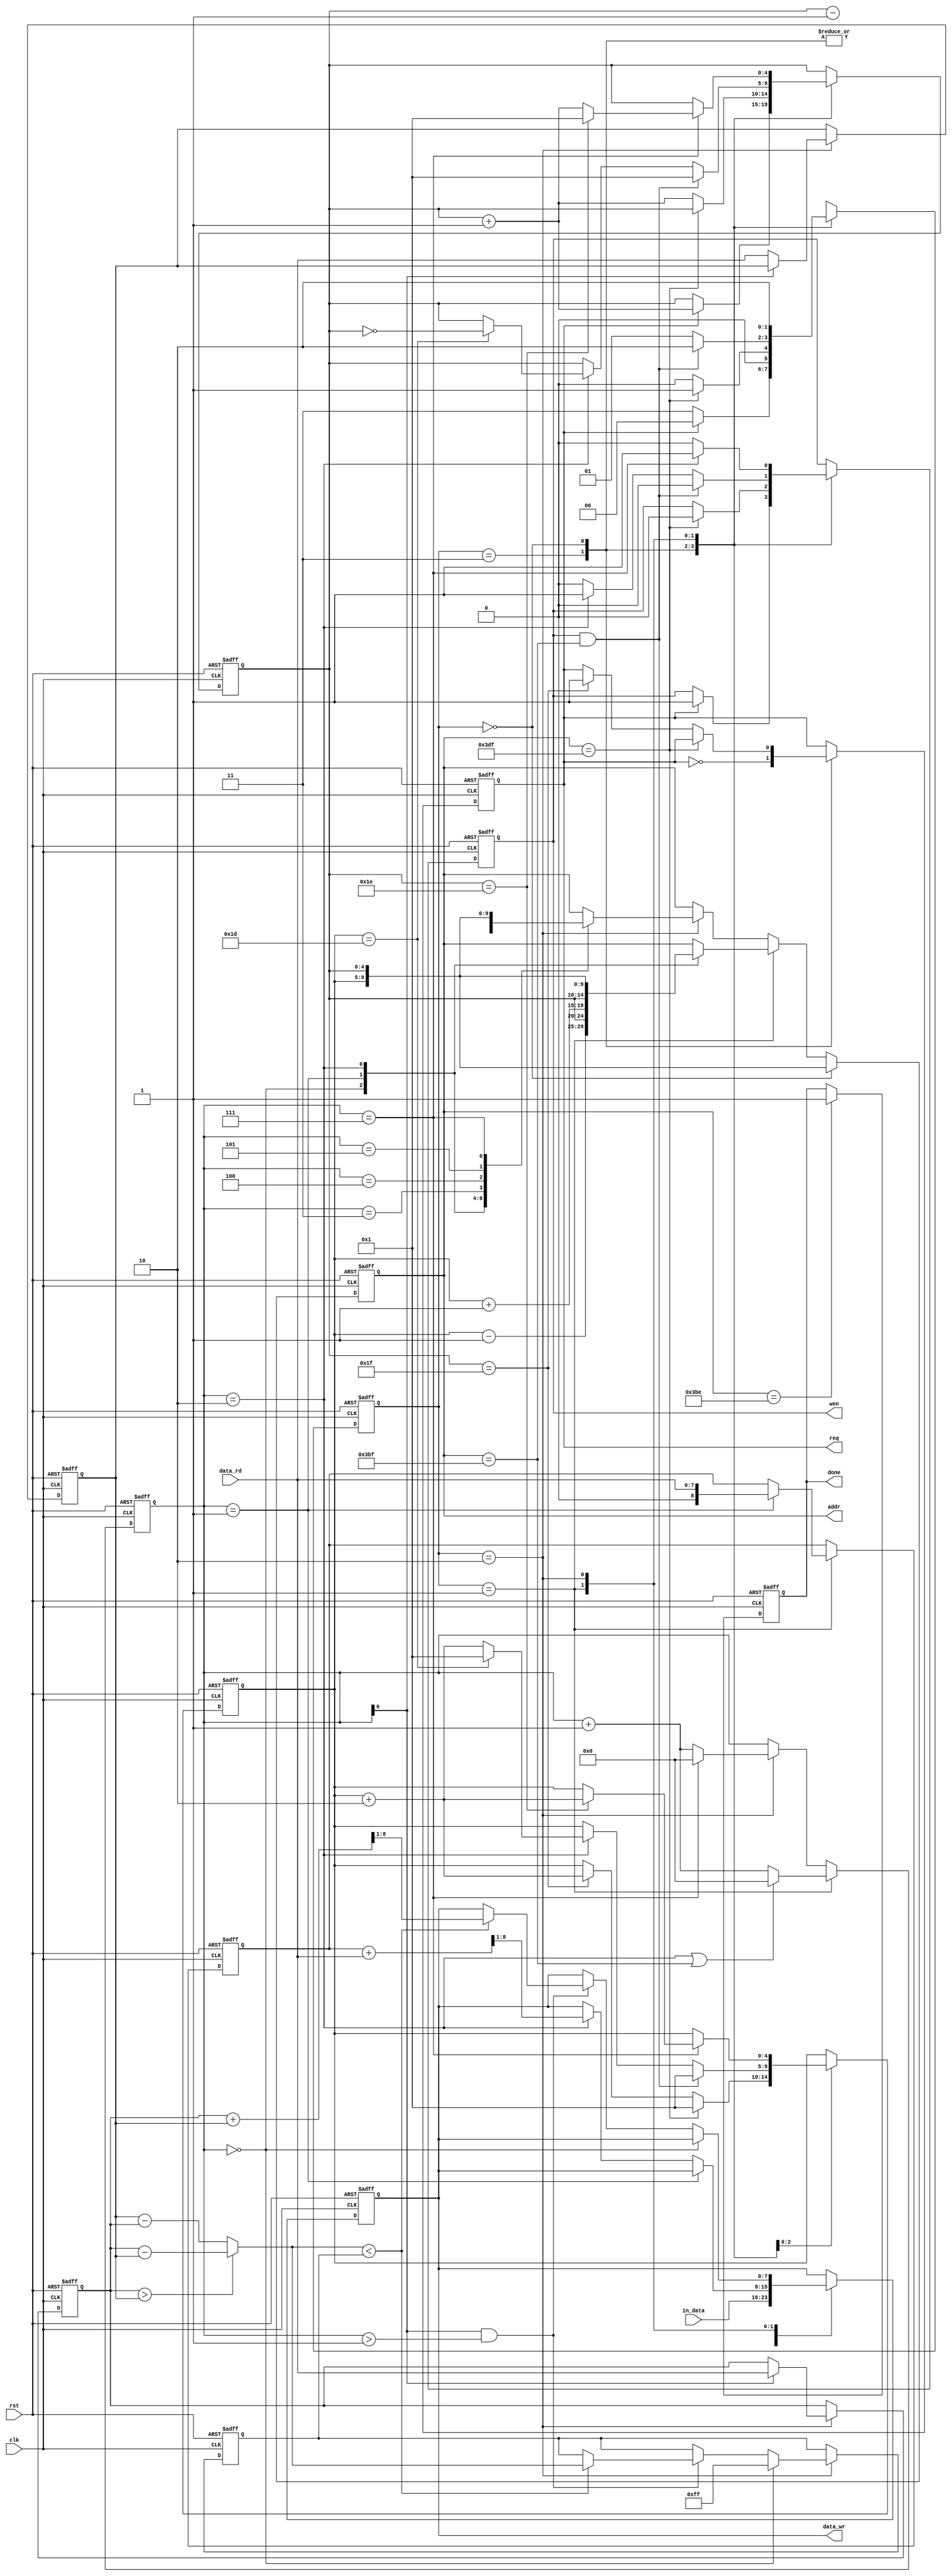
`timescale 1ns/10ps

module ELA(clk, rst, in_data, data_rd, req, wen, addr, data_wr, done);

	input				clk;
	input				rst;
	input		[7:0]	in_data;
	input		[7:0]	data_rd;
	output				req;
	output				wen;
	output		[9:0]	addr;
	output		[7:0]	data_wr;
	output				done;


	//--------------------------------------
	//		Write your code here
	//--------------------------------------
parameter getpixel = 2'b00;
parameter calboundary = 2'b01;
parameter calmid = 2'b10;
parameter idle = 2'b11;

reg wen;
reg [4:0] row;
reg [4:0] col;
reg [7:0] data_wr;
reg req;
reg [1:0] state, next_state;
reg [8:0] sum;
reg [3:0] cnt;
wire bound_done;
always @(posedge clk, posedge rst) begin
	if (rst) state <= idle;
	else state <= next_state;
end
always @(*) begin
	case(state)
		idle:begin
			if (req==1)next_state=getpixel;
			else next_state=idle;
		end
		getpixel:begin
			if (addr==991) next_state = calboundary;
			else next_state = getpixel;
		end
		calboundary:begin
			if(bound_done) next_state = calmid;
			else next_state = calboundary;
		end
		calmid:begin
			next_state = calmid;
		end
	endcase	
end

reg [7:0] min;
reg done;

assign bound_done = (wen==1 && addr==959);
reg [9:0] addr;
always @(posedge clk, posedge rst) begin
	if (rst) begin
		req <= 0;
		row <= 5'd0;
		col <= 5'd0;
		wen <= 0;
	end
	else 
		case (state) 
			idle:begin
				req <= ~req;
				if (req) begin
					col <= col + 1;	
					wen <= 1;
				end
			end
			getpixel: begin
				if (addr==991) begin
					row <= 1;
					wen <= 0;
				end
				else begin
					if (col==31) begin
						req <= 1;
						row <= row + 2;
					end
					col <= col + 1;
				end
			end
			calboundary: begin
				if (bound_done)begin
					wen <= 0;
					row <= 1;
					col <= 1;
				end
				else begin
					//if (cnt==3)begin
					if (cnt ==2) begin
						wen <= 1;
						row <= (row==29)?1:row + 2;
						col <= (row==29)? ~col :col;
					end
					else wen <=0;
				end
			end
			calmid: begin
				if (cnt == 7)begin
					wen <= 1;
					col <= (col==30)? 1 : col + 1;
					row <= (col==30)? row+2:row;
				end
				else wen <= 0;
				
				
			end
		endcase

end
always @(posedge clk, posedge rst) begin
	if (rst) done <= 0;
	else if (addr==958) done <= 1;
end
wire [4:0] top, down;
assign top = row - 1;
assign down = row + 1;
always @(posedge clk, posedge rst) begin
	if (rst) addr <= 10'd0;
	else begin
		if (state == getpixel) 
			addr <= {row,col};
		else if (state == calboundary)begin
			case(cnt)
				0: addr <= {top,col};
				1: addr <= {down,col};
				2: addr <= {row,col};
				//3: addr <= {row,col};
			endcase
		end
		else if (state == calmid) begin
			case(cnt)
				0:addr <= {row-5'd1,col};
				1:addr <= {row+5'd1,col};
				2:addr <= {row-5'd1,col-5'd1};
				3:addr <= {row+5'd1,col+5'd1};
				
				4:addr <= {row-5'd1,col+5'd1};
				5:addr <= {row+5'd1,col-5'd1};
				7:addr <= {row,col};
			endcase
		end
	end
end
// set s1 & s2
reg [7:0] s1,s2;
always @(posedge clk, posedge rst) begin
	if (rst) begin
		s1 <= 8'd0;
		s2 <= 8'd0;
	end
	else if (state == calmid) begin
	    if (cnt[0] == 1) s1 <= data_rd;
		else s2 <= data_rd;
	end
end
// get abs(s1-s2)
wire [7:0] d0;
wire [8:0] psum,bsum;
assign d0 = (s1 > s2)? s1 - s2 : s2 - s1;
assign psum = {1'b0,s1}+{1'b0,s2};
assign bsum = sum + {1'b0,data_rd};
/*
always @(posedge clk, posedge rst) begin
	if (rst) sum <= 9'd0;
	else if (state == calboundary) begin
		case(cnt) 
			1: sum <= {1'b0,data_rd};
			2: sum <= sum + {1'b0,data_rd};
		endcase
	end
end
*/
always @(posedge clk,posedge rst) begin
	if (rst) begin
		sum <= 9'd0;
		data_wr <= 8'd0;
		min <= 8'b11111111;
	end
	else begin
		case (state)
			idle, getpixel : data_wr <= in_data;
			calboundary: begin
				if (cnt==1) sum <= {1'b0,data_rd};
				else if (cnt==2) data_wr <= bsum[8:1];
				//if (cnt==3) data_wr <= sum[8:1]; 
			end
			calmid: begin
				if (cnt == 0) min <= 8'b11111111;
				else if (cnt[0]==1 && cnt > 1) begin
					if( d0 < min )begin
						data_wr <= psum [8:1];
						min <= d0;
					end

				end
			end
		endcase
	end
end
//cnt 
always @(posedge clk, posedge rst) begin
	if (rst) cnt <= 4'd0;
	else if (state == calboundary) begin
		//if (cnt == 3 || addr==959) cnt <= 0; 
		if (cnt==2 || addr==959) cnt <= 0;
		else cnt <= cnt +1;
	end
	else if (state == calmid) begin
		if (cnt == 7) cnt <= 0;
		else cnt <= cnt +1;
	end
end	

endmodule